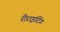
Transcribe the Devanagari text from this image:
रीराइटिंग